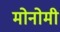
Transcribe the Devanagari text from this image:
मोनोमी